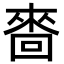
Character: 𠻮